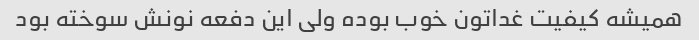
همیشه کیفیت غداتون خوب بوده ولی این دفعه نونش سوخته بود